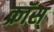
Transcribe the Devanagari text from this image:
क्रॉस्